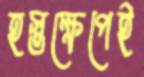
হস্তক্ষেপেই